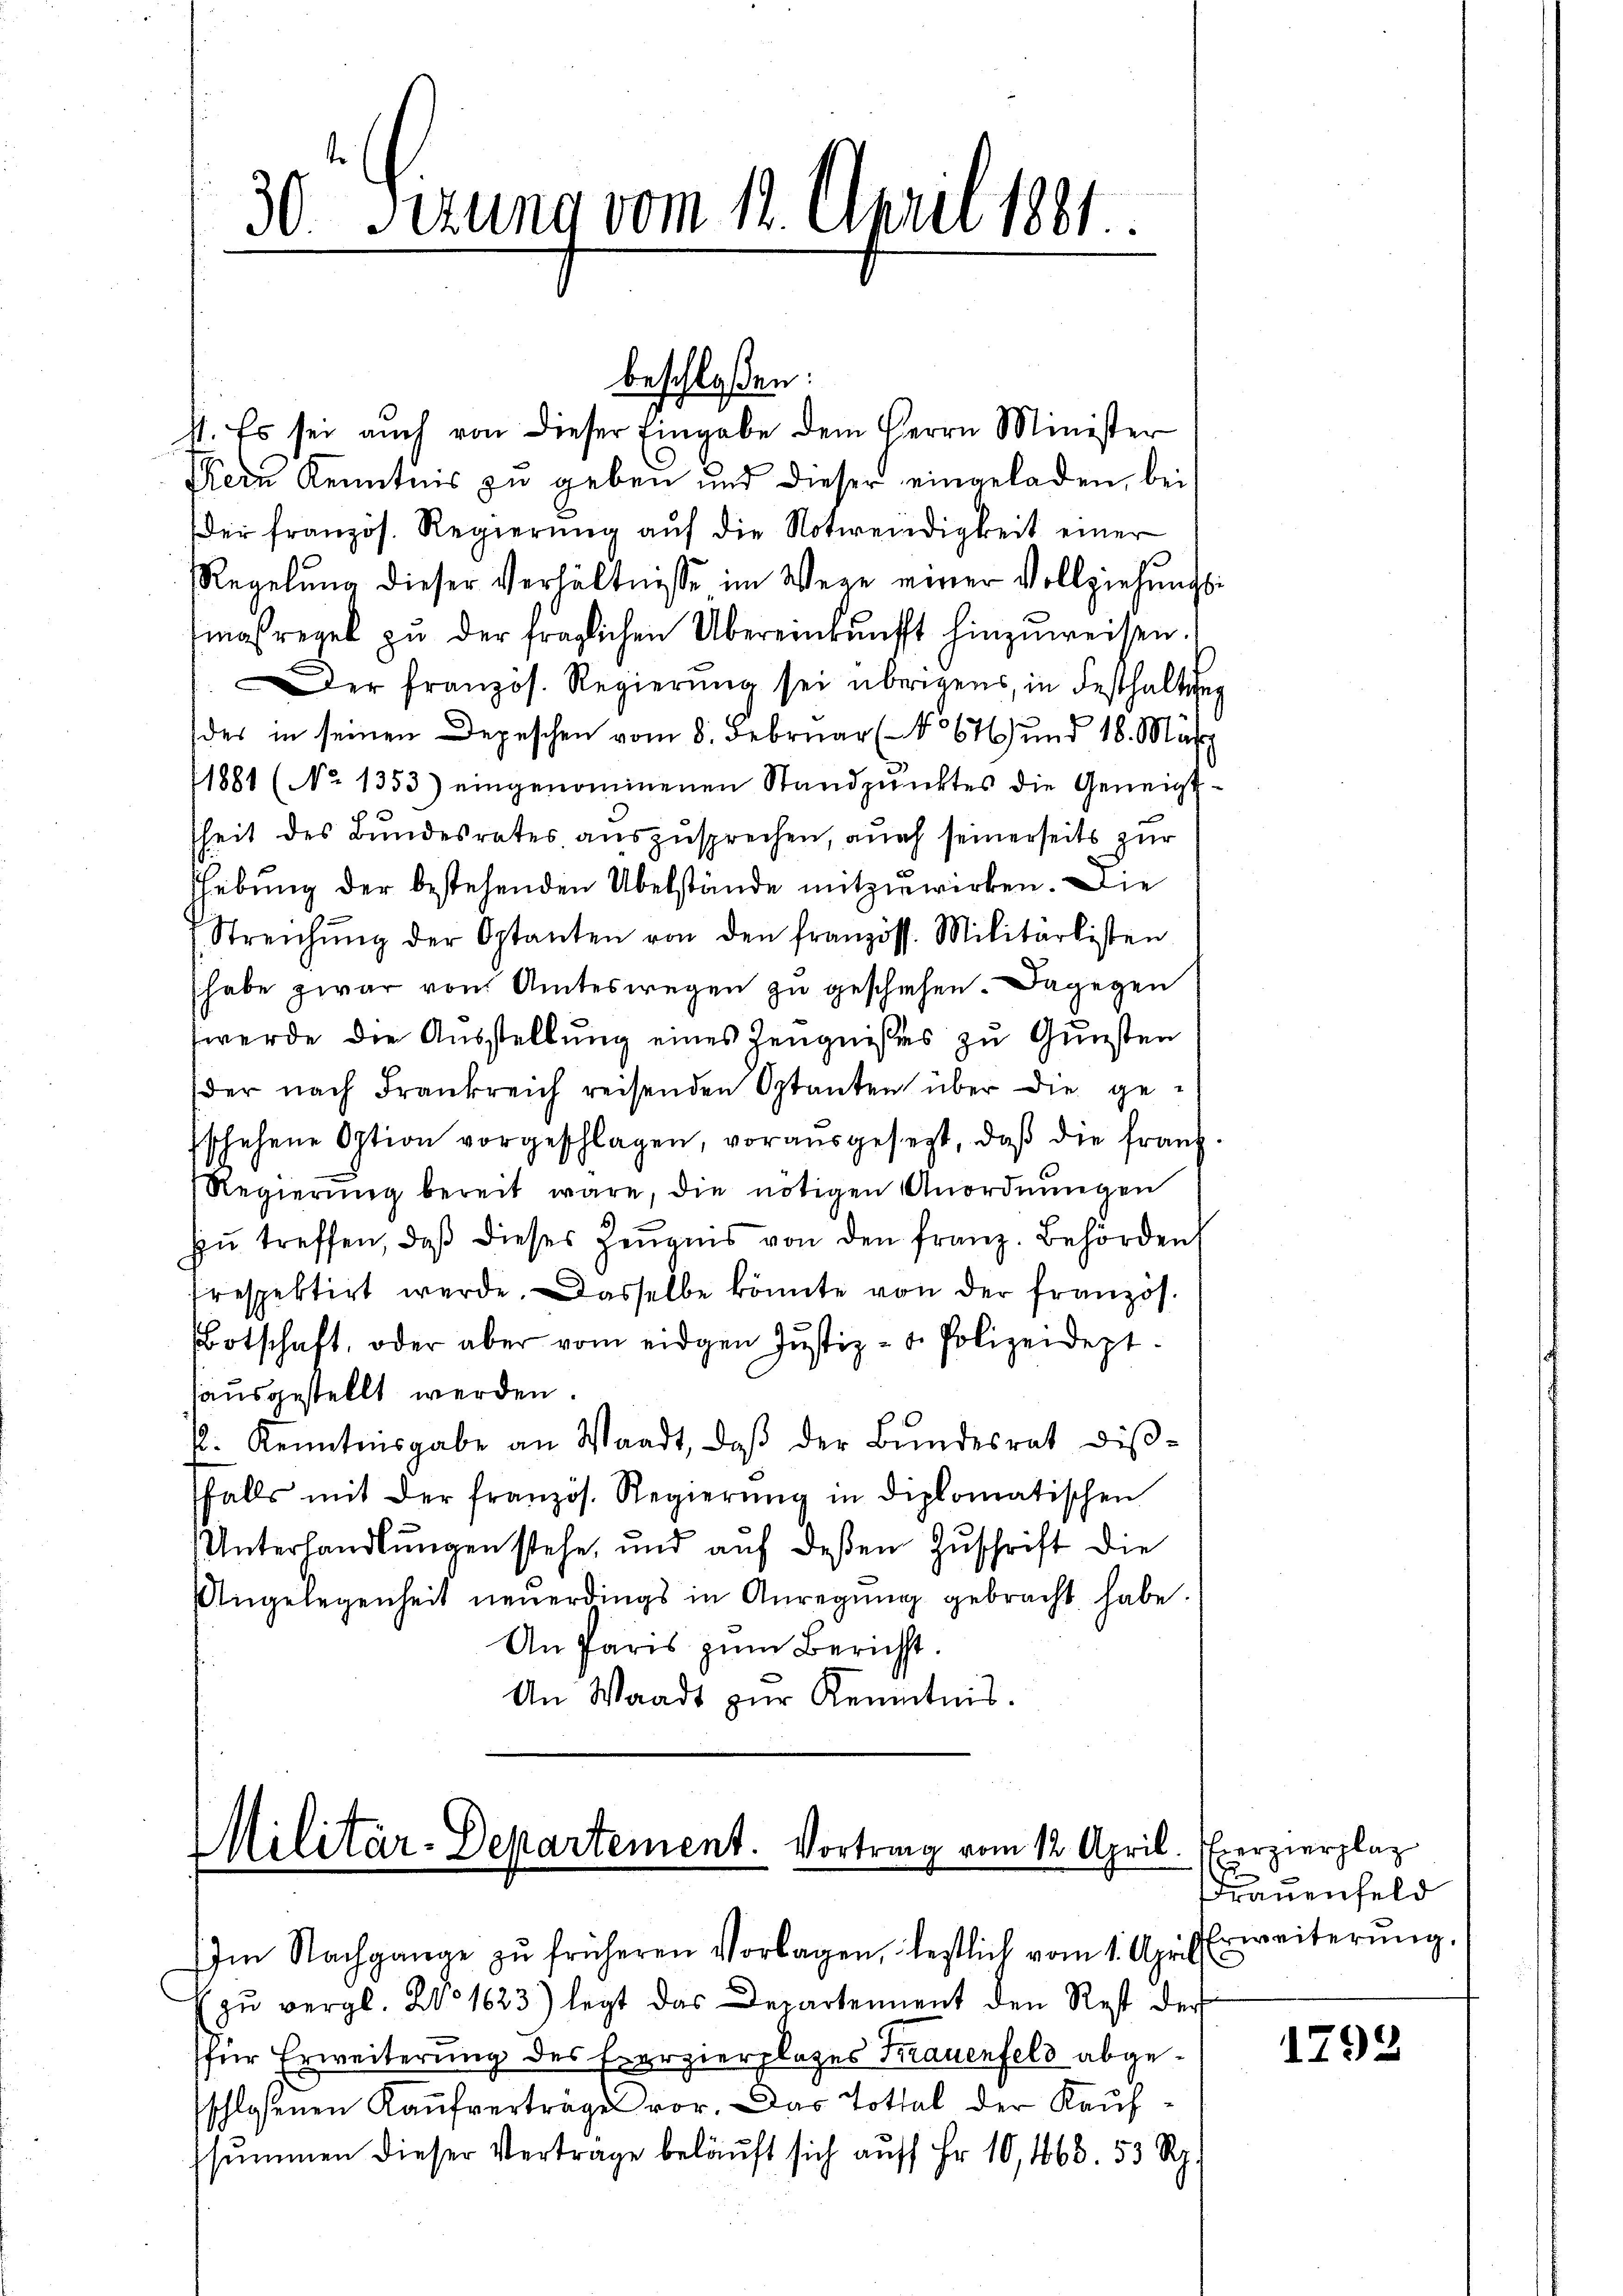
30. Ferung vom 12. April 1881.

st. Es sei aŭch von dieser Eingabe dem Herrn Minister
Kein Kenntnis zu geben und dieser eingeladen, bei
der französ. Regierŭng aŭf die Notwendigkeit einer
Regelŭng dieser Verhältnisse im Wege einer Vollziehŭngs-
maßregel zu der fraglichen Übereinkunft hinzuweisen.
er französ. Regierŭng sei übrigens, in Festhaltung
des in seinen Depeschen vom 8. Februar (No 676 und 18. März
1881 (No 1353) eingenommenen Standpunktes die Geneigtsheit des Bundesrates auszusprechen, auch seinerseits zur
shebung der bestehenden Übelstände mitzuwirken. Die
Streichŭng der Optanten von den französs. Militarlisten
habe zwar von Amteswegen zu geschiehen. Dagegen
werde die Ausstellung eines Zeugnißes zu Gunsten
der nach Frankreich reisenden Optanten über die geschehene Option vorgeschlagen, vor aŭsgesezt, daß die franz-
Regierung bereit wäre, die nötigen Anordnungen
zŭ treffen, daβ dieses Zeŭgnis von den franz. Behörden
respektirt werde. Dasselbe könnte von der französ.
Botschaft, oder aber vom eidgen Justiz- u. Polizeidept.
ausgestellt werden
P. Kenntnisgabe an Waadt, daβ der Bŭndesrat disfalls mit der französ. Regierŭng in diplomatischen
Unterhandlungen stehe, und auf deßen Zuschrift die
Angelegenheit neŭerdings in Anregŭng gebracht habe.
An Paris zŭm Bericht.
An Waadt zŭr Kenntnis.

beschloßen:

Militär-Departement. Vortrang vom 12. April.
Im Nachgange zŭ früheren Vorlagen, lestlich vom 1. April

zŭ vergl. Wo 1623) legt das Departement den Rest der
für Erweiterung des Exerzierplages Frauenfeld abgesschlossenen Kaŭfverträge vor. Das Tottal der Kaufssummen dieser Vertrage beläuft sich auf Fr. 10,463. 53 Rp.

verzierplat
2
Frauenfeld
rweiterung.

1792